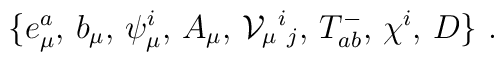
\{ e_\mu^a,\,b_\mu,\, \psi_\mu^i,\,A_\mu,\,{\cal V}_\mu{}^i{}_j,\,T^-_{ab},\, \chi^i,\, D\}\ .